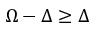
\Omega - \Delta \geq \Delta